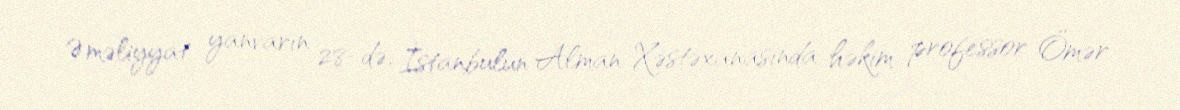
Əməliyyat yanvarın 28-də, İstanbulun Alman Xəstəxanasında həkim professor Ömər